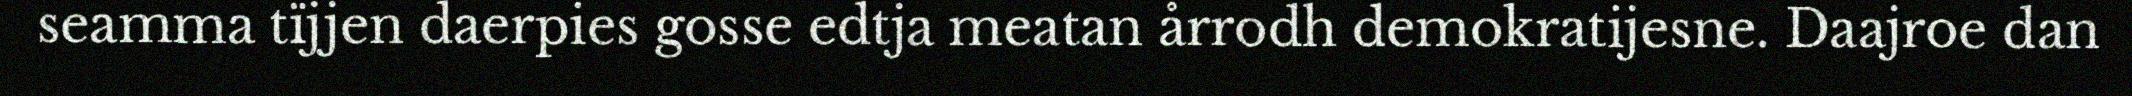
seamma tïjjen daerpies gosse edtja meatan årrodh demokratijesne. Daajroe dan